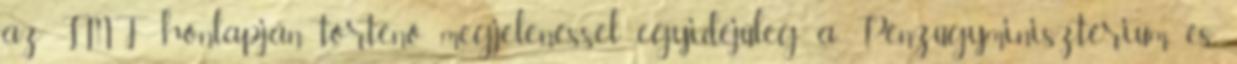
az IMF honlapján történő megjelenéssel egyidejűleg a Pénzügyminisztérium és